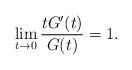
\begin{align*} \lim_{t\to0} \frac{tG'(t)}{G(t)} = 1. \end{align*}